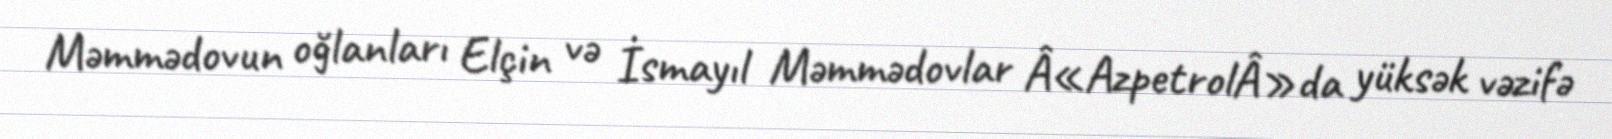
Məmmədovun oğlanları Elçin və İsmayıl Məmmədovlar Â«AzpetrolÂ»da yüksək vəzifə